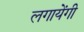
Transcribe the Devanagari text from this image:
लगायेंगी